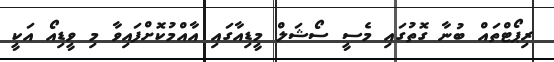
ރިޕޯޓްތައް ބުނާ ގޮތުގައި މެސީ ސޯޝަލް މީޑިއާގައި އާއްމުކޮށްފައިވާ މި ވީޑިއޯ އަކީ